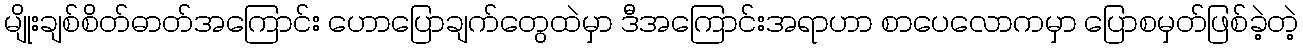
မျိုးချစ်စိတ်ဓာတ်အကြောင်း ဟောပြောချက်တွေထဲမှာ ဒီအကြောင်းအရာဟာ စာပေလောကမှာ ပြောစမှတ်ဖြစ်ခဲ့တဲ့